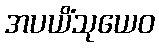
အပယိံသုယေဝ